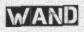
WAND